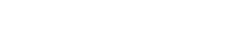
အေးတာ တစ်ခုခုလောက်။